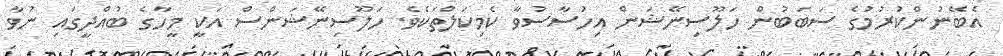
އެބޭނުންކުރުމުގެ ސަބަބުން ހަލޫސިނޭޝަން އިހުސާސުވާ ކެމިކަލްތަކެވެ. ހަލޫސިނޭޝަންސް އަކީ މީހާގެ ބުއްދީގައި ނުވާ